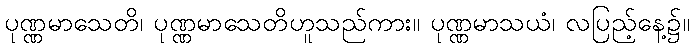
ပုဏ္ဏမာသေတိ၊ ပုဏ္ဏမာသေတိဟူသည်ကား။ ပုဏ္ဏမာသယံ၊ လပြည့်နေ့၌။